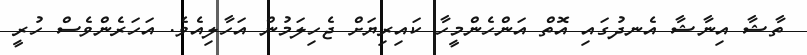
ތާޝާ އިނާޝާ އެނދުގައި އޮތް އަންހެންމީހާ ކައިރިޔަށް ޖެހިލަމުން އަހާލިއެވެ. އަހަރެންވެސް ހުރީ